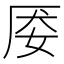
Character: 𰋽